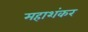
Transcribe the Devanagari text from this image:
महाशंकर